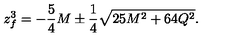
z _ { f } ^ { 3 } = - { \frac { 5 } { 4 } } M \pm { \frac { 1 } { 4 } } \sqrt { 2 5 M ^ { 2 } + 6 4 Q ^ { 2 } } .